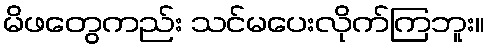
မိဖတွေကည်း သင်မပေးလိုက်ကြဘူး။